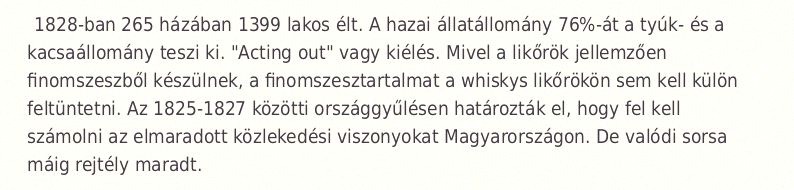
1828-ban 265 házában 1399 lakos élt. A hazai állatállomány 76%-át a tyúk- és a kacsaállomány teszi ki. "Acting out" vagy kiélés. Mivel a likőrök jellemzően finomszeszből készülnek, a finomszesztartalmat a whiskys likőrökön sem kell külön feltüntetni. Az 1825-1827 közötti országgyűlésen határozták el, hogy fel kell számolni az elmaradott közlekedési viszonyokat Magyarországon. De valódi sorsa máig rejtély maradt.